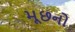
મૂછનો